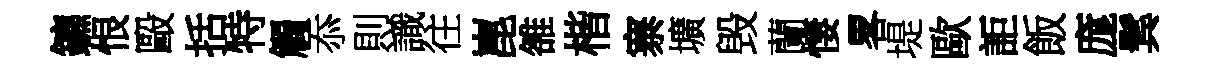
鑣恨毆括特觸忝則識往崑雒楷寨壙毁蘭悽畧堤歐詎飯庬鬂